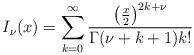
\begin{align*}I_{\nu}(x)=\sum_{k=0}^{\infty}\frac{\left(\frac {x}{2}\right)^{2k+\nu}}{\Gamma (\nu +k+1)k!}\end{align*}